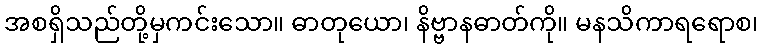
အစရှိသည်တို့မှကင်းသော။ ဓာတုယော၊ နိဗ္ဗာနဓာတ်ကို။ မနသိကာရရောစ၊